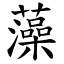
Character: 藻